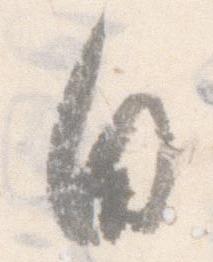
日